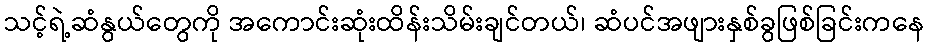
သင့်ရဲ့ဆံနွယ်တွေကို အကောင်းဆုံးထိန်းသိမ်းချင်တယ်၊ ဆံပင်အဖျားနှစ်ခွဖြစ်ခြင်းကနေ